65_HS1-834228961_62-HQ-83894_Serial_130
Agency: FBI
Page 105
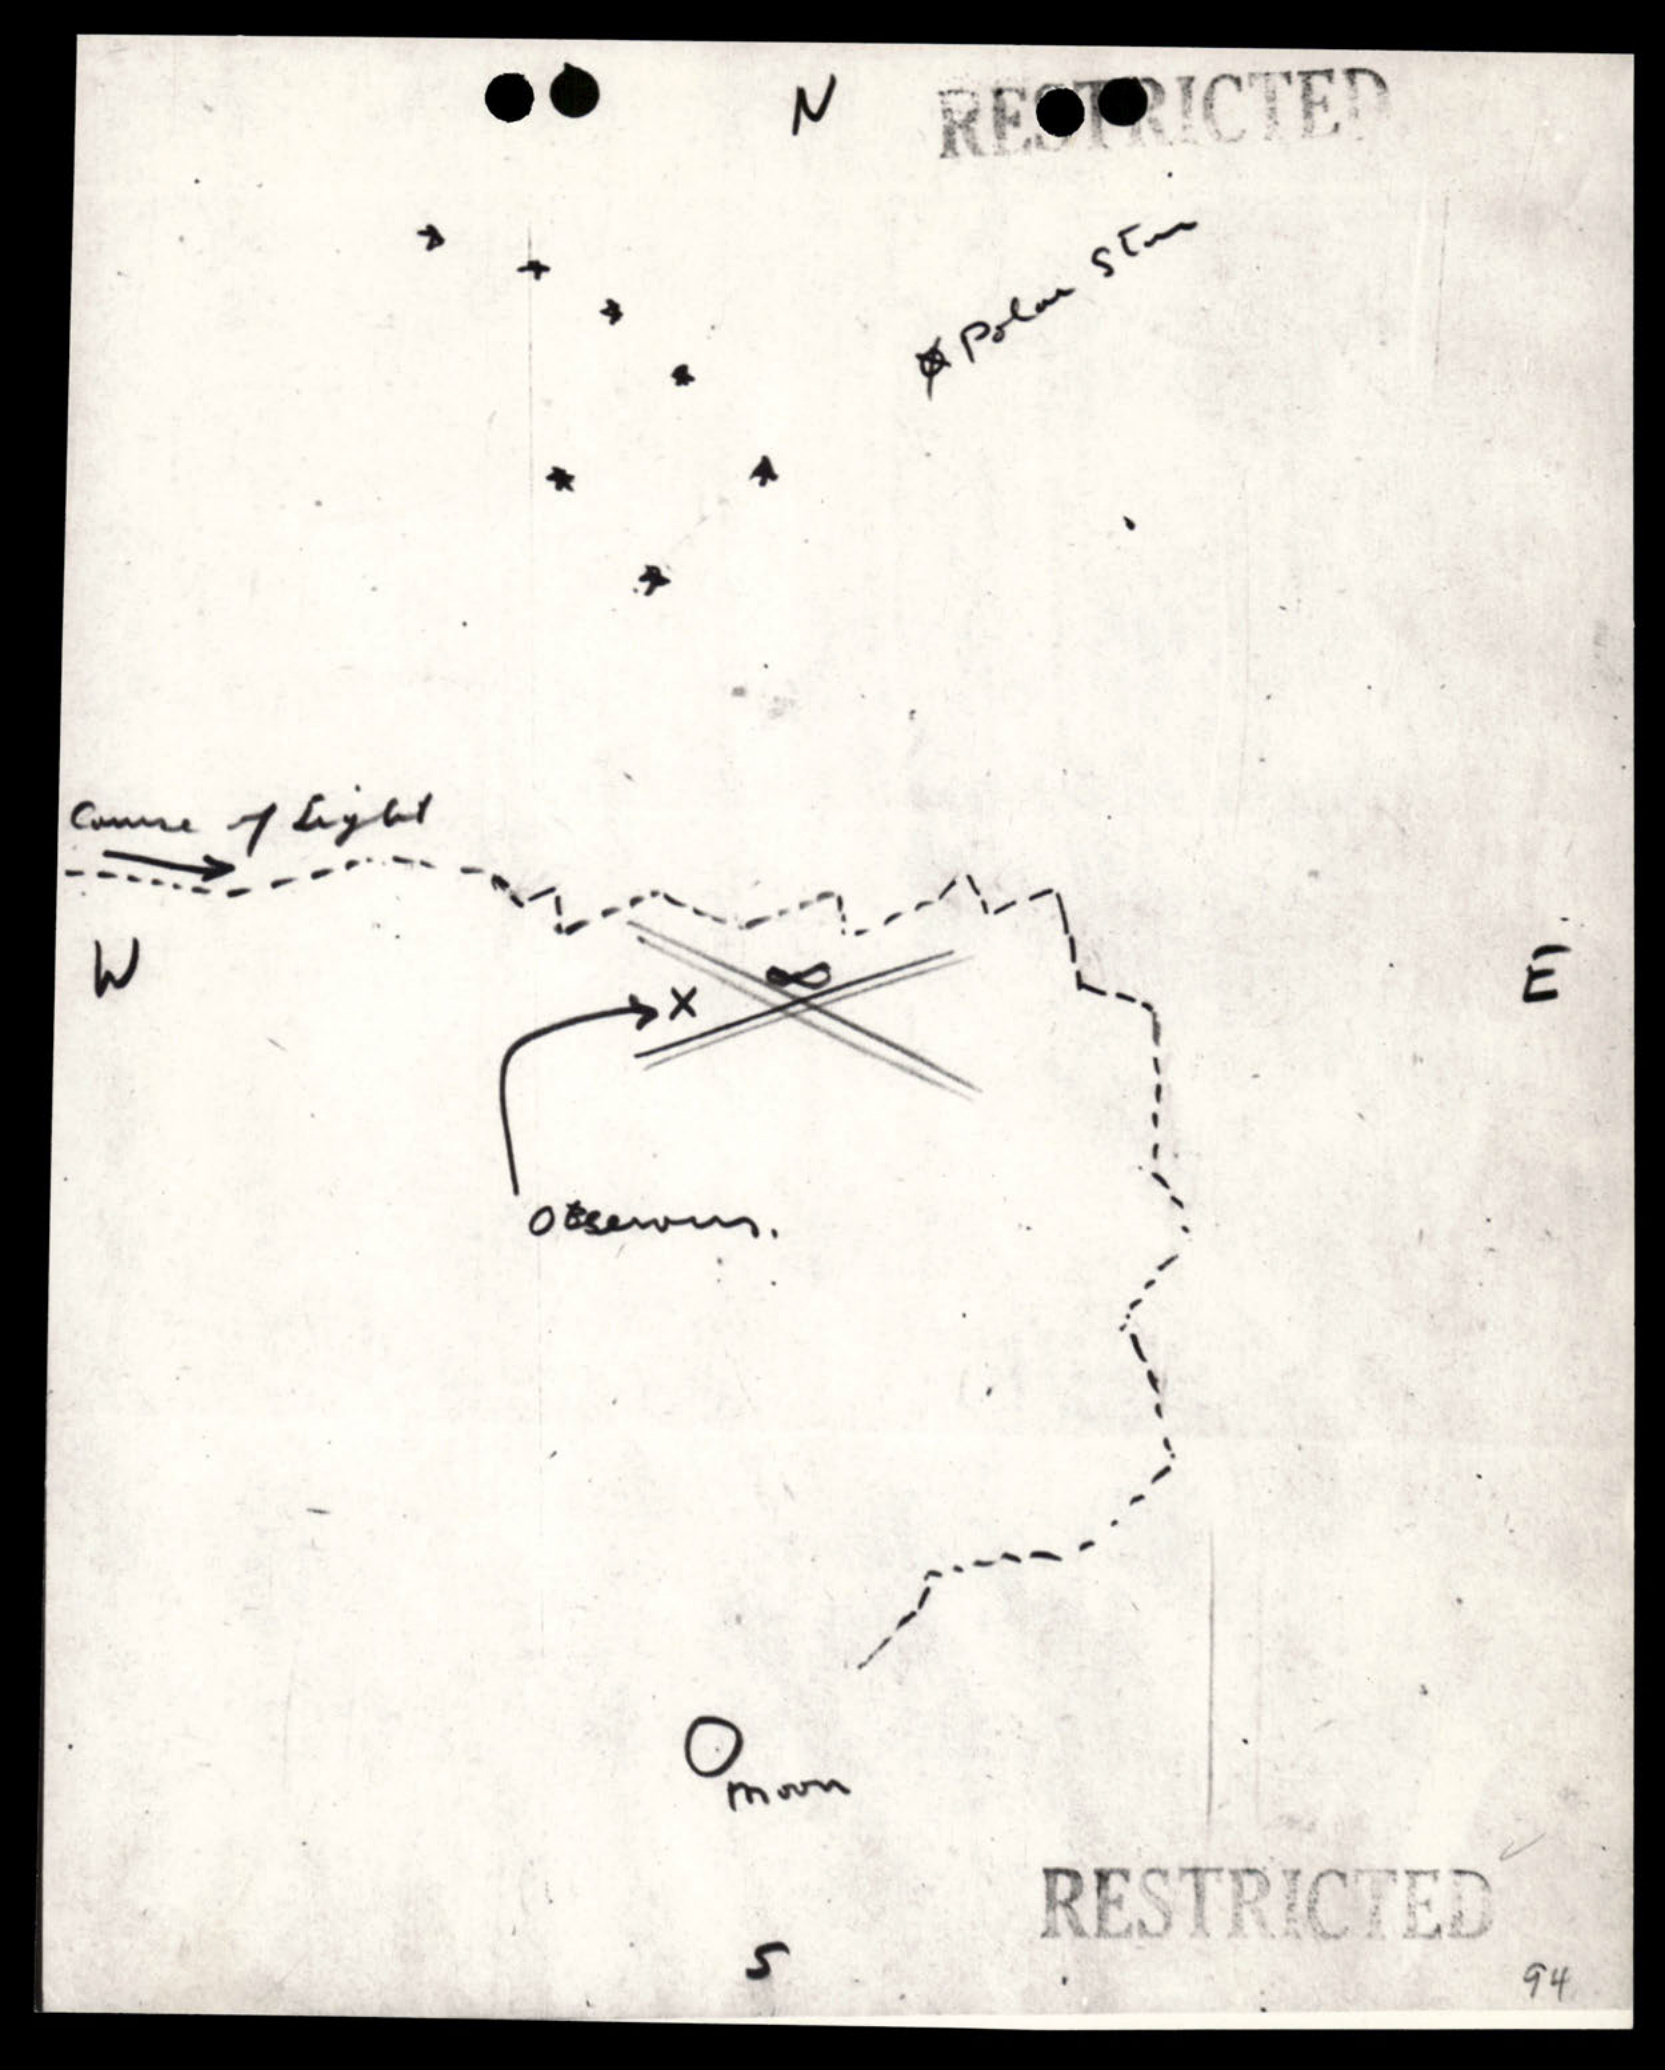